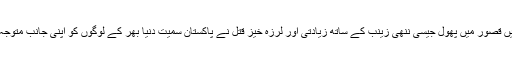
حال میں قصور میں پھول جیسی ننھی زینب کے ساتھ زیادتی اور لرزہ خیز قتل نے پاکستان سمیت دنیا بھر کے لوگوں کو اپنی جانب متوجہ کرلیا۔